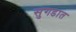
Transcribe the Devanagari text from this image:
सुगडात